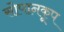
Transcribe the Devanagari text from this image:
सोपानकूप